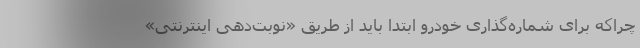
چراکه برای شماره‌گذاری خودرو ابتدا باید از طریق «نوبت‌دهی اینترنتی»